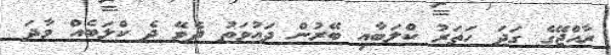
ރާއްޖޭގެ ގަދަ ހަތަރު ކްލަބާއި ބޭރުން ދައުވަތު ދެވޭ ދެ ކްލަބެއް ވާދަ